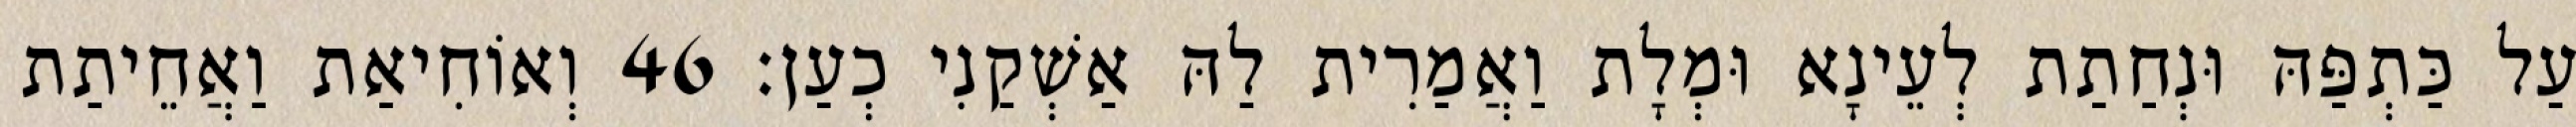
עַל כַּתְפַּהּ וּנְחַתַת לְעֵינָא וּמְלָת וַאֲמַרִית לַהּ אַשְׁקַנִי כְעַן׃ 46 וְאוֹחִיאַת וַאֲחֵיתַת